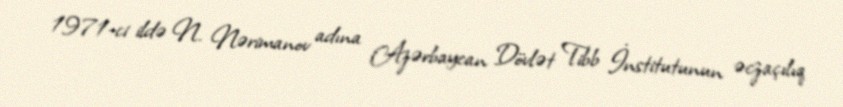
1971-ci ildə N. Nərimanov adına Azərbaycan Dövlət Tibb İnstitutunun əczaçılıq